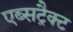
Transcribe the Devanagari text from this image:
एब्सट्रैक्ट